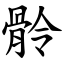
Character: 䯍